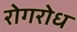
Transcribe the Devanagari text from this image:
रोगरोध